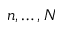
n , \dots , N